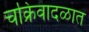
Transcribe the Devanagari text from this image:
चक्रिवादळात